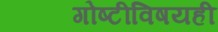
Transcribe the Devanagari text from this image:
गोष्टीविषयही